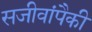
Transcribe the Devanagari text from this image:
सजीवांपैकी